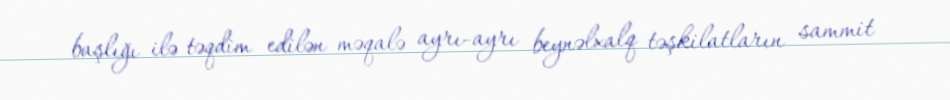
başlığı ilə təqdim edilən məqalə ayrı-ayrı beynəlxalq təşkilatların sammit